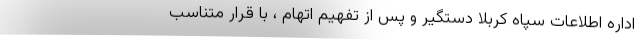
اداره اطلاعات سپاه کربلا دستگیر و پس از تفهیم اتهام ، با قرار متناسب